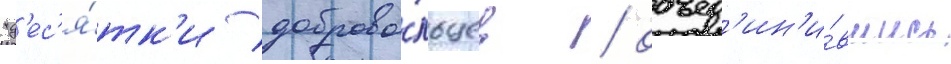
"д'ес'я́тк'и доброво́льцев / объед'ин'и́вшись